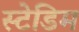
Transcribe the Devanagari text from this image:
स्टेडिम